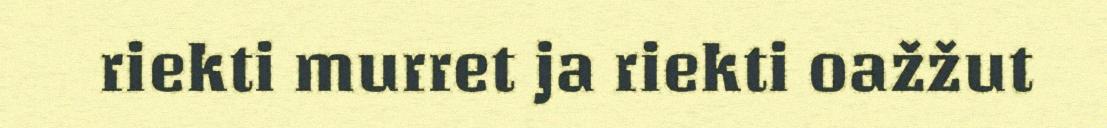
riekti murret ja riekti oažžut